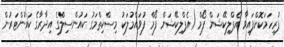
ފުރިހަމަކޮށްފައިވާ އެޕްލިކޭޝަން ފޯމް (އެޕްލިކޭޝަން ފޯމް ފުވައްމުލަކު މިސްކިތްމަގު ކައުންސިލްގެ އިދާރާގެ ކައުންޓަރުން